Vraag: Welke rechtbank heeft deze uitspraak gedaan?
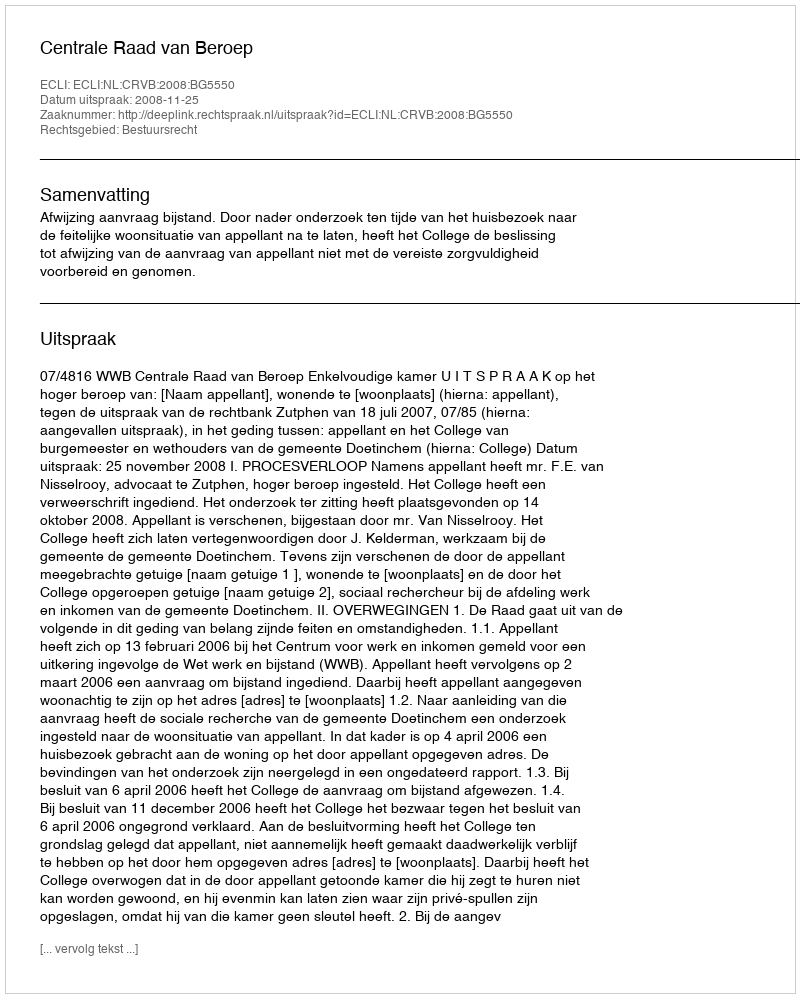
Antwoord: Centrale Raad van Beroep